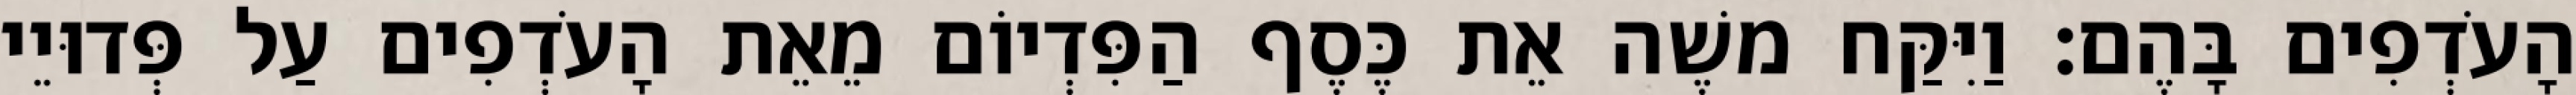
הָעֹדְפִים בָּהֶם׃ וַיִּקַּח משֶׁה אֵת כֶּסֶף הַפִּדְיוֹם מֵאֵת הָעֹדְפִים עַל פְּדוּיֵי